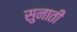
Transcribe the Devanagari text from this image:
सुनातीं